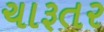
ચારૂતર